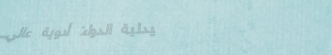
صيدلية الدواء: أدوية عالي